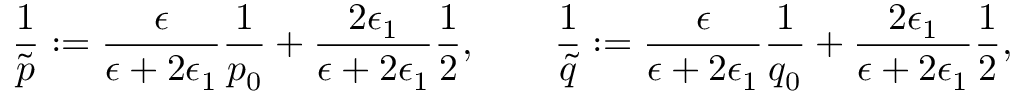
\frac { 1 } { \tilde { p } } : = \frac { \epsilon } { \epsilon + 2 \epsilon _ { 1 } } \frac { 1 } { p _ { 0 } } + \frac { 2 \epsilon _ { 1 } } { \epsilon + 2 \epsilon _ { 1 } } \frac { 1 } { 2 } , \qquad \frac { 1 } { \tilde { q } } : = \frac { \epsilon } { \epsilon + 2 \epsilon _ { 1 } } \frac { 1 } { q _ { 0 } } + \frac { 2 \epsilon _ { 1 } } { \epsilon + 2 \epsilon _ { 1 } } \frac { 1 } { 2 } ,